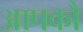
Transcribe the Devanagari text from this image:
आपकौ